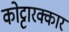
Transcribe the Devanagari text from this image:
कोट्टारक्कार